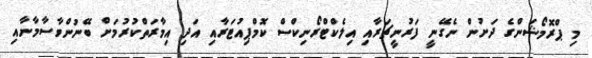
މި ޕްރޮމޯޝަންގެ ދަށުން ނެގޭނީ ފަރުނީޗަރާއި އިލެކްޓްރޯނިކްސް ކޮމްޕިއުޓަރާއި އަދި އިމާރަތްކުުރުމަށް ބޭނުންވާސާމާނާއި